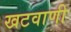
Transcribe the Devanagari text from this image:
खटवाणी